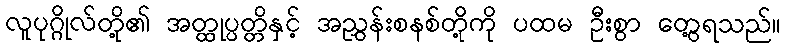
လူပုဂ္ဂိုလ်တို့၏ အတ္ထုပ္ပတ္တိနှင့် အညွှန်းစနစ်တို့ကို ပထမ ဦးစွာ တွေ့ရသည်။